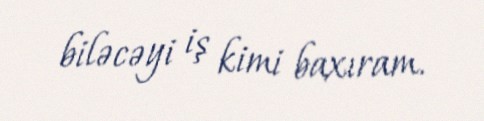
biləcəyi iş kimi baxıram.